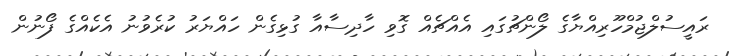
ރައީސުލްޖުމްހޫރިއްޔާގެ ލޯންޗުގައި އެއްޗެއް ގޮވި ހާދިސާއާ ގުޅިގެން ހައްޔަރު ކުރެވުނު އެކެއްގެ ފޯނުން